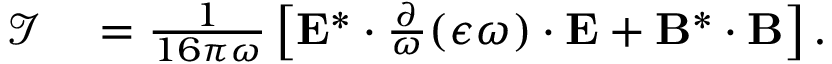
\begin{array} { r l } { \mathcal { I } } & { { } = \frac { 1 } { 1 6 \pi \omega } \left[ \mathbf { E } ^ { * } \cdot \frac { \partial } { \omega } ( \boldsymbol { \epsilon } \omega ) \cdot \mathbf { E } + \mathbf { B } ^ { * } \cdot \mathbf { B } \right] . } \end{array}